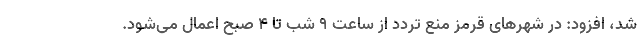
شد، افزود: در شهرهای قرمز منع تردد از ساعت ۹ شب تا ۴ صبح اعمال می‌شود.